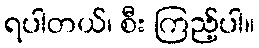
ရပါတယ်၊ စီး ကြည့်ပါ။